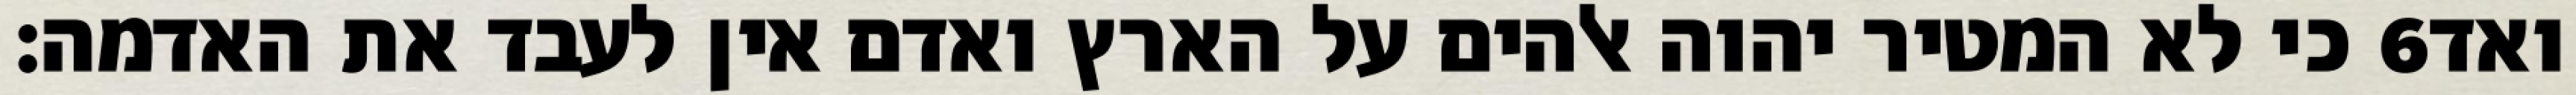
כי לא המטיר יהוה אלהים על הארץ ואדם אין לעבד את האדמה׃ ‎6‏ ואד